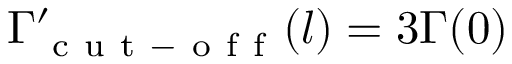
\Gamma _ { \mathrm { ~ c ~ u ~ t ~ - ~ o ~ f ~ f ~ } } ^ { \prime } ( l ) = 3 \Gamma ( 0 )